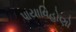
પાયાવિહોણો